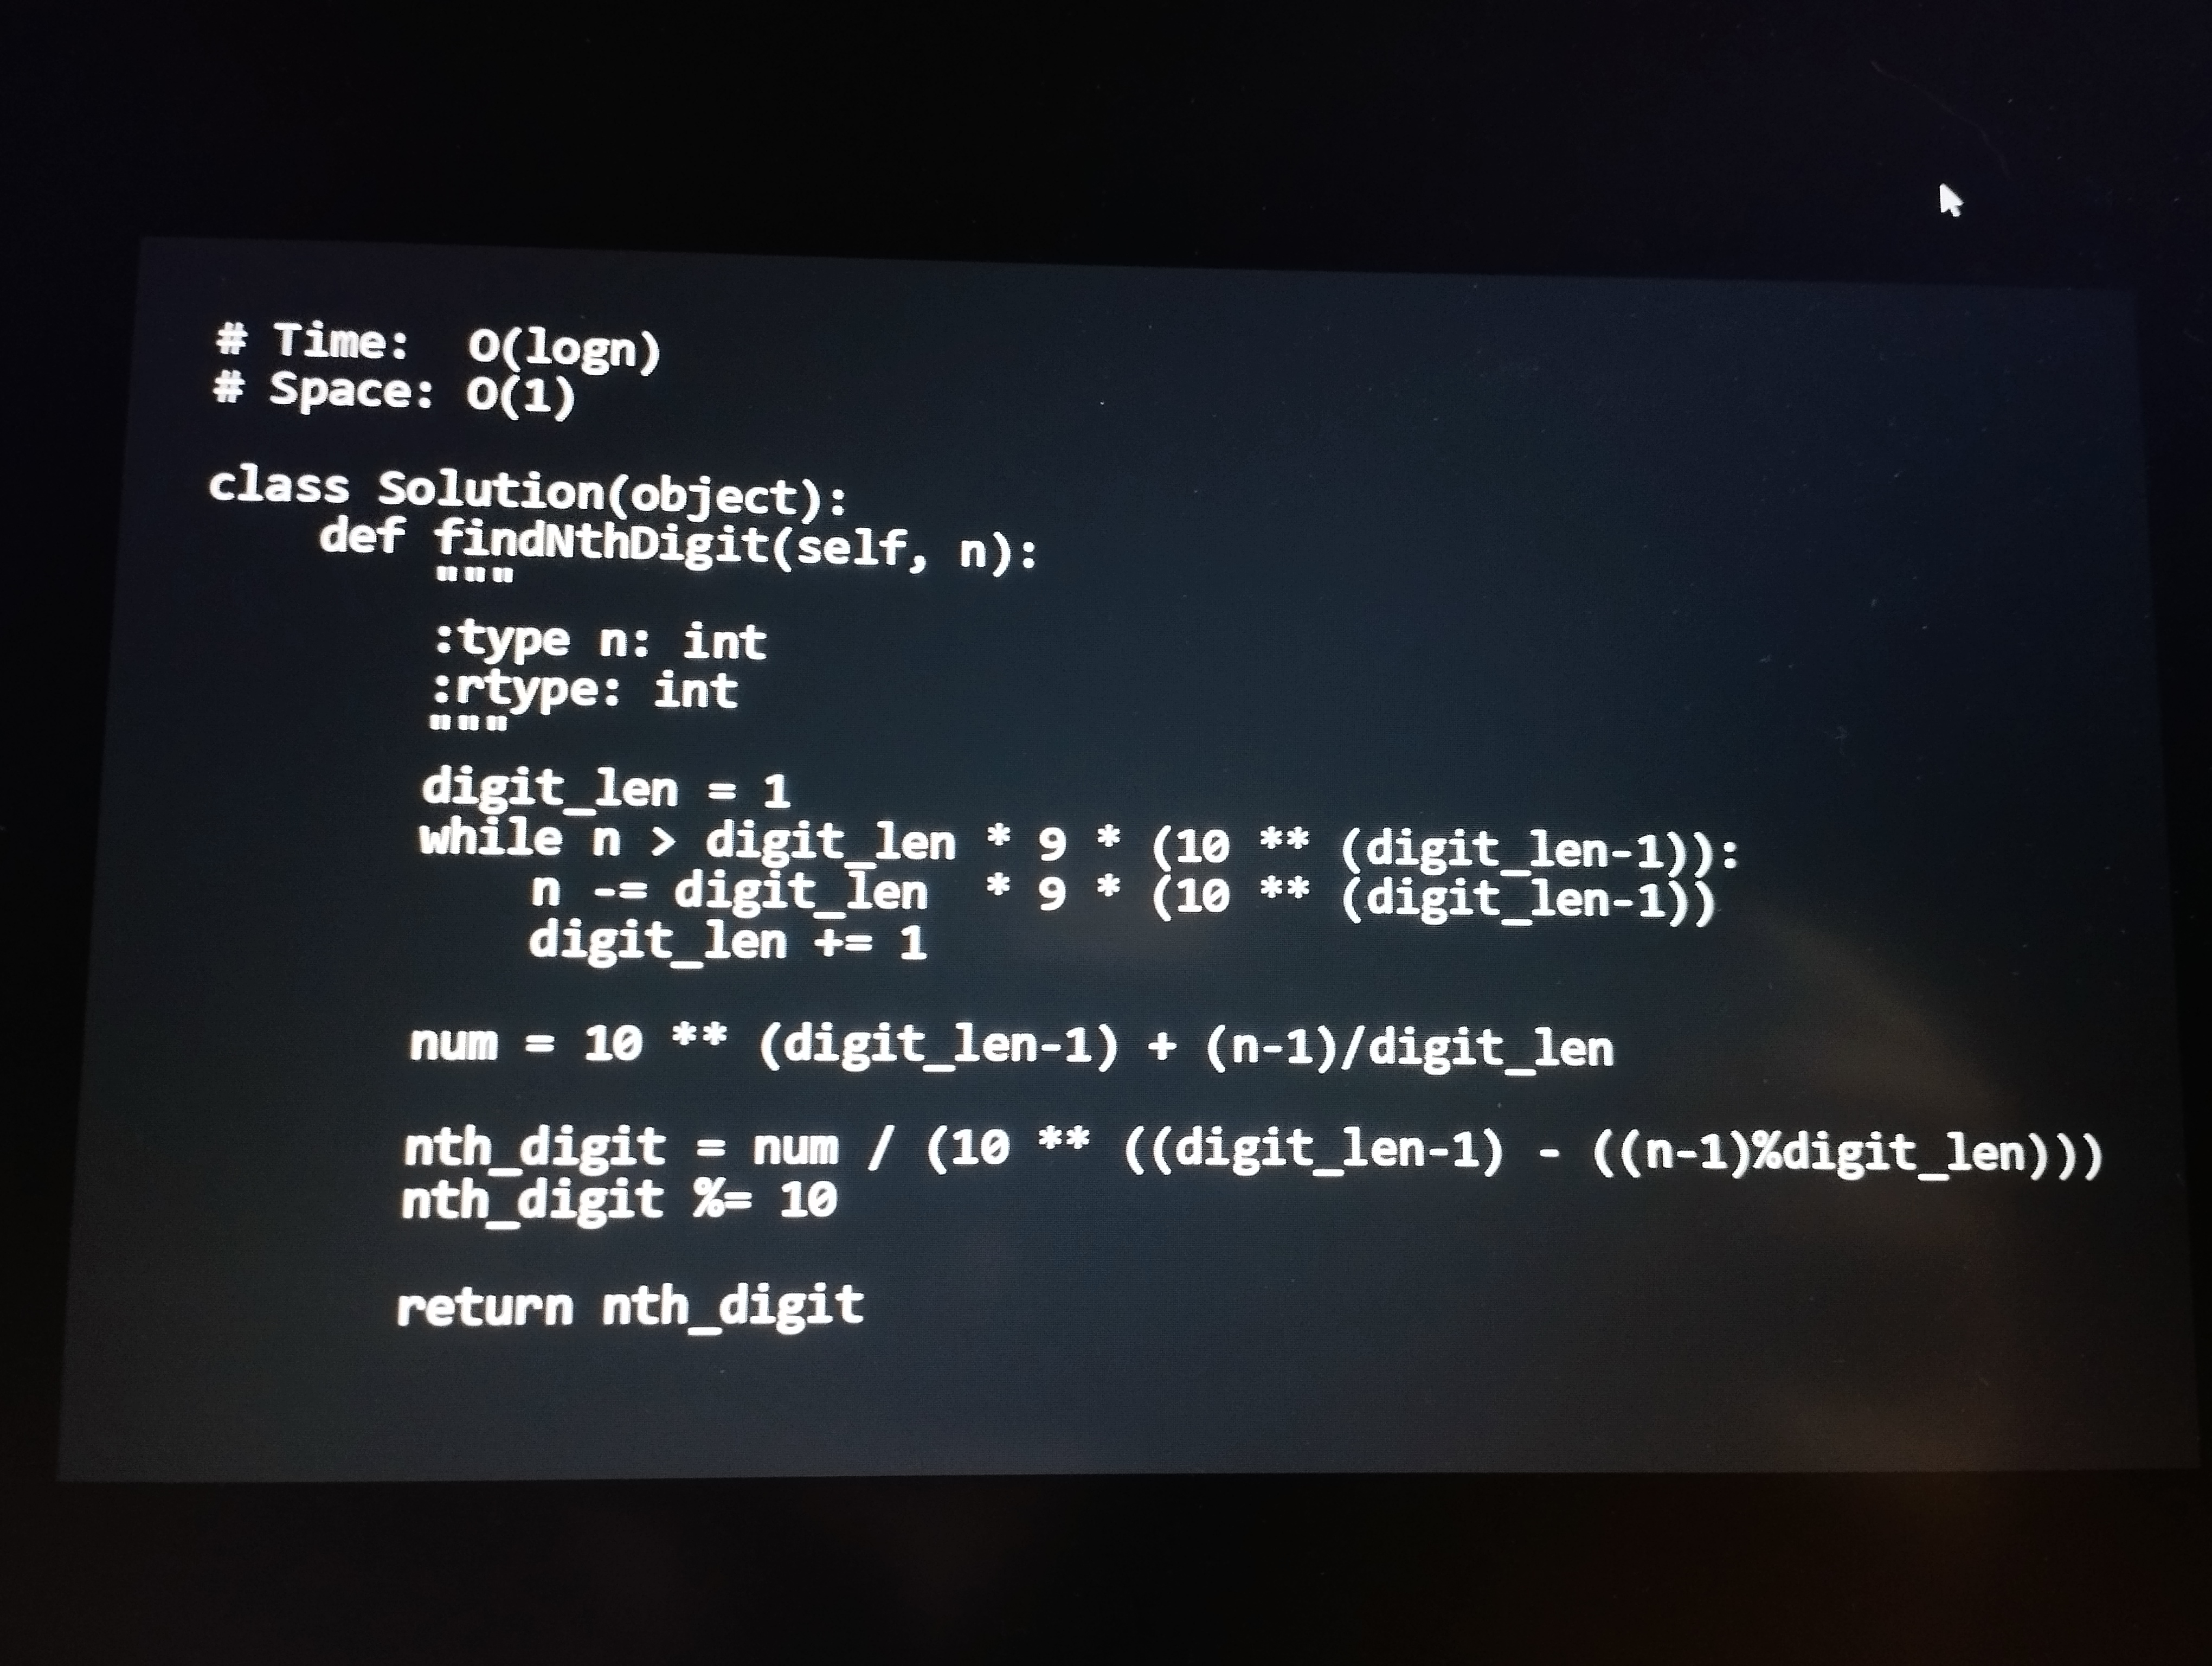
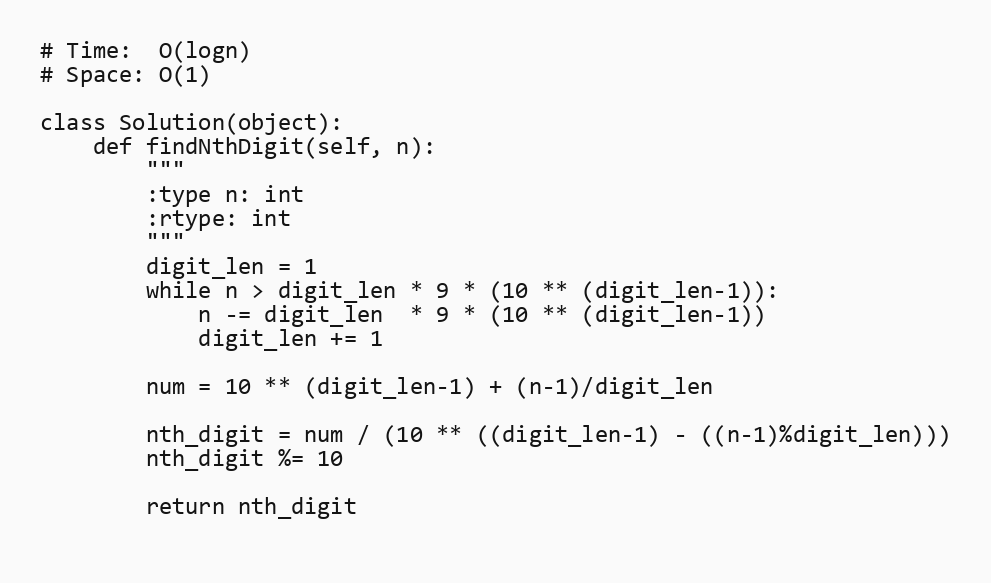
# Time:  O(logn)
# Space: O(1)

class Solution(object):
    def findNthDigit(self, n):
        """
        :type n: int
        :rtype: int
        """
        digit_len = 1
        while n > digit_len * 9 * (10 ** (digit_len-1)):
            n -= digit_len  * 9 * (10 ** (digit_len-1))
            digit_len += 1

        num = 10 ** (digit_len-1) + (n-1)/digit_len

        nth_digit = num / (10 ** ((digit_len-1) - ((n-1)%digit_len)))
        nth_digit %= 10

        return nth_digit